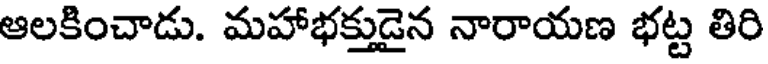
ఆలకించాడు. మహాభక్తుడైన నారాయణ భట్ట తిరి